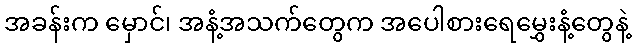
အခန်းက မှောင်၊ အနံ့အသက်တွေက အပေါစားရေမွှေးနံ့တွေနဲ့